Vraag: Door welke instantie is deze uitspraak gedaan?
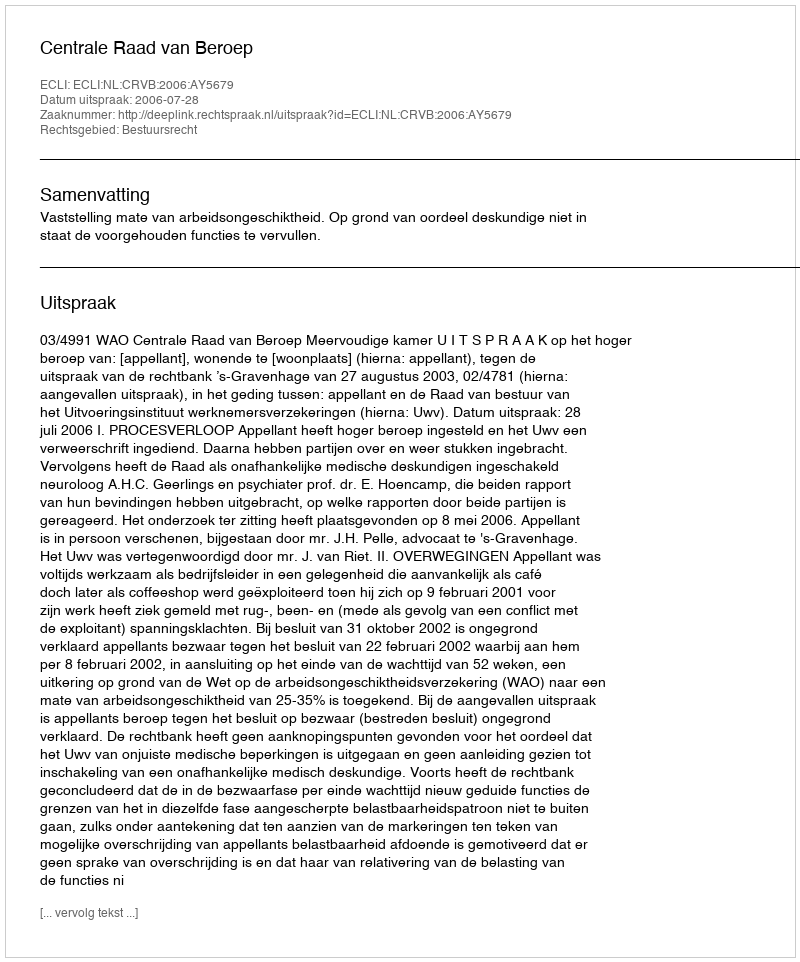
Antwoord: Centrale Raad van Beroep